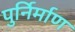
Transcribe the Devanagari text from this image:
पुर्निर्माण